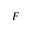
F